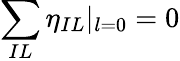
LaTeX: \sum_{IL}\eta_{IL}\vert_{l=0}=0